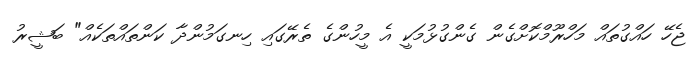
ޖެހޭ ހައްގުތައް މަހްރޫމްކޮށްގެން ގެންގުޅުމަކީ އެ މީހުންގެ ތެރޭގައި ހިނގަމުންދާ ކަންތައްތަކެއް" ބަޝީރު